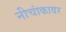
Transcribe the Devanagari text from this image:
नीचांकावर